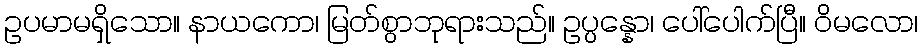
ဥပမာမရှိသော။ နာယကော၊ မြတ်စွာဘုရားသည်။ ဥပ္ပန္နော၊ ပေါ်ပေါက်ပြီ။ ဝိမလော၊